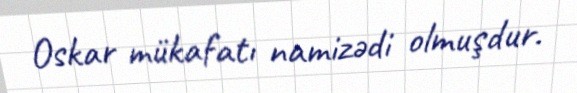
Oskar mükafatı namizədi olmuşdur.